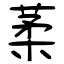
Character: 葇